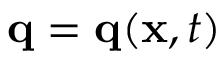
\mathbf { q } = \mathbf { q } ( \mathbf { x } , t )